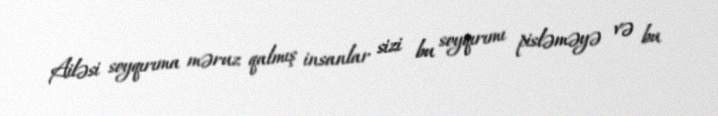
Ailəsi soyqırıma məruz qalmış insanlar sizi bu soyqırımı pisləməyə və bu